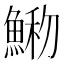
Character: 𩸢